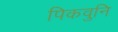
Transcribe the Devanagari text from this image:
पिकवुनि